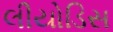
લીયોડિસ